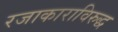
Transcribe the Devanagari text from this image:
रजाकाराविरुद्ध